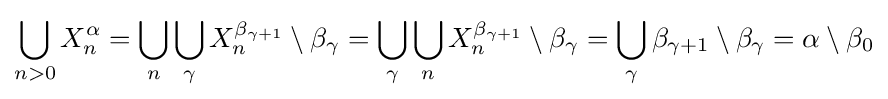
\bigcup _{n>0}X_{n}^{\alpha }=\bigcup _{n}\bigcup _{\gamma }X_{n}^{\beta _{\gamma +1}}\setminus \beta _{\gamma }=\bigcup _{\gamma }\bigcup _{n}X_{n}^{\beta _{\gamma +1}}\setminus \beta _{\gamma }=\bigcup _{\gamma }\beta _{\gamma +1}\setminus \beta _{\gamma }=\alpha \setminus \beta _{0}